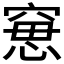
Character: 𥦾